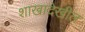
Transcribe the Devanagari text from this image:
शाखादेखील